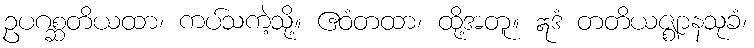
ဥပဂစ္ဆတိယထာ၊ ကပ်သကဲ့သို့။ ဧဝံတထာ၊ ထို့အတူ။ ဣဒံ တတိယဇ္ဈာနသုခံ၊